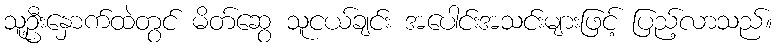
သူ့ဦးနှောက်ထဲတွင် မိတ်ဆွေ သူငယ်ချင်း အပေါင်းအသင်းများဖြင့် ပြည့်လာသည်။